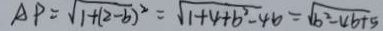
A P = \sqrt { 1 + ( 2 - b ) ^ { 2 } } = \sqrt { 1 + 4 + b ^ { 2 } - 4 b } = \sqrt { b ^ { 2 } - 4 b + 5 }